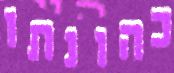
כהונתו